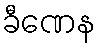
ခီဏေန